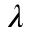
\lambda